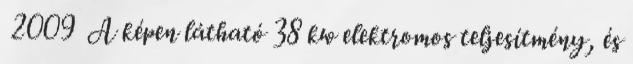
2009 A képen látható 38 kw elektromos teljesítmény, és